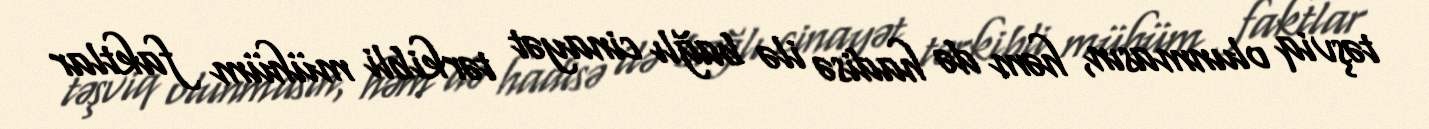
təşviq olunmasın, həm də hadisə ilə bağlı cinayət tərkibli mühüm faktlar